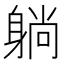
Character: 躺